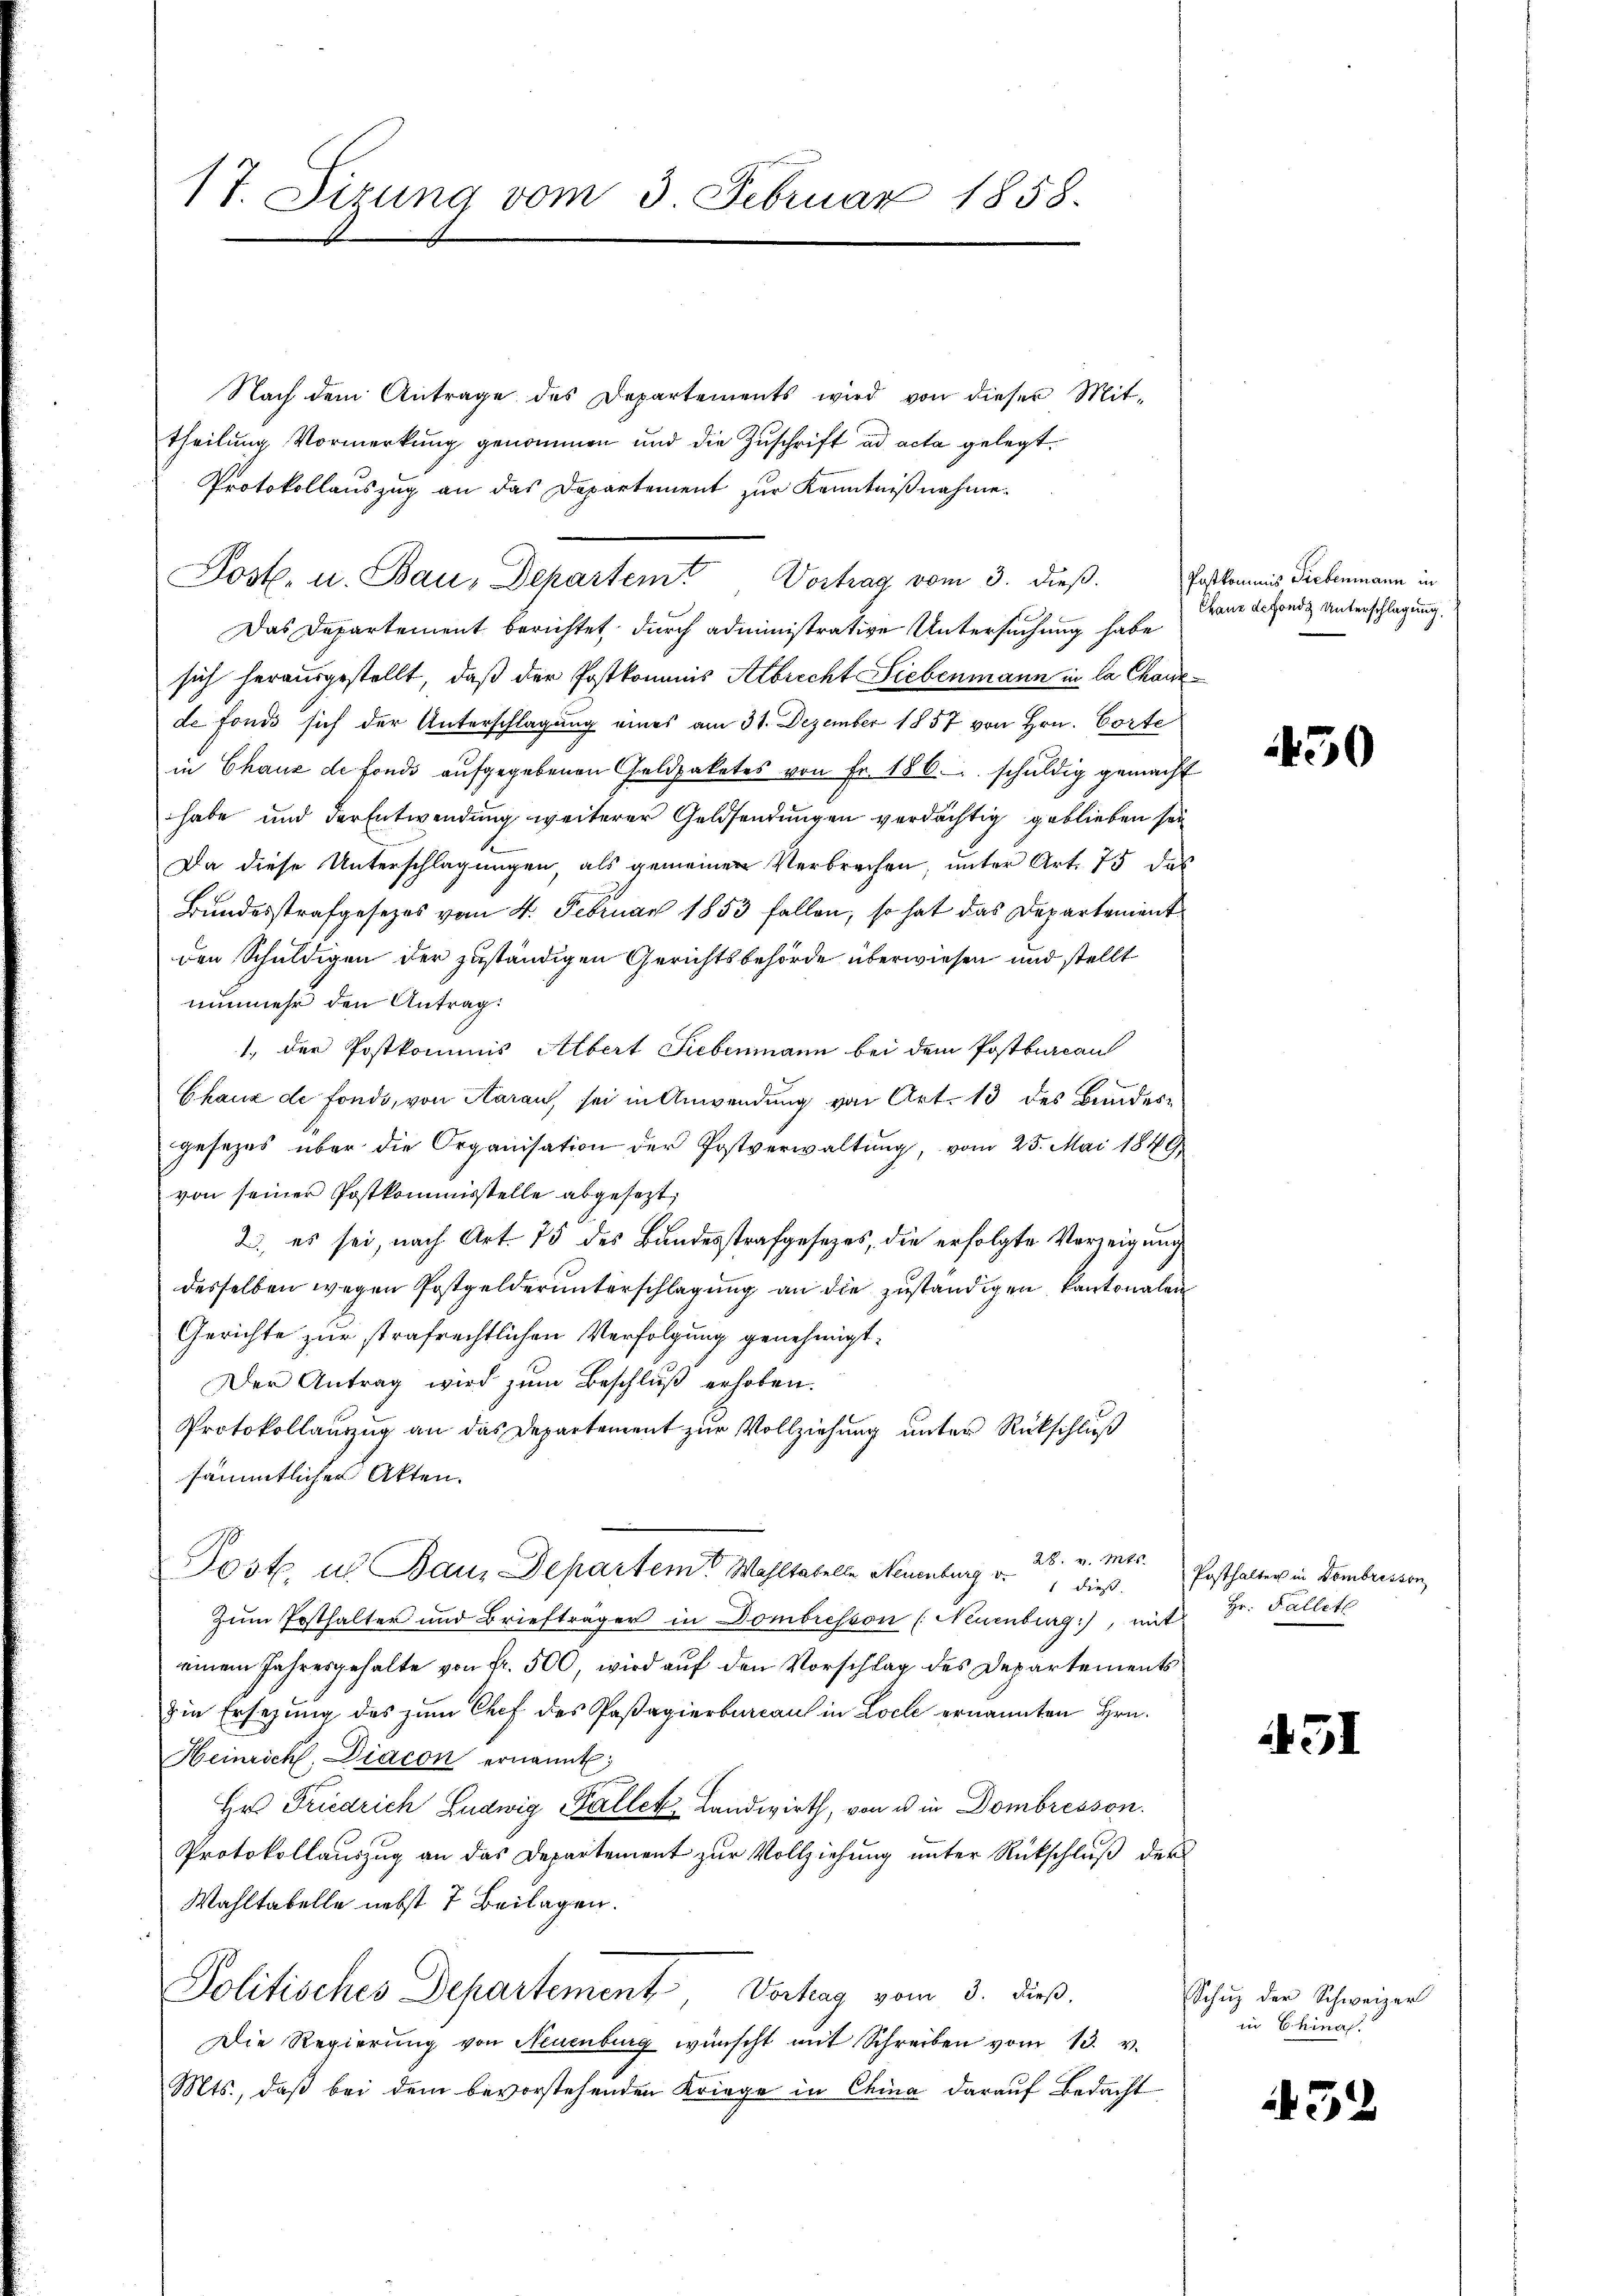
17. Sizung vom 3. Februar 1858.

Nach dem Antrage des Departements wird von dieser Mit-
theilung Vormerkung genommen und die Zuschrift ad acta gelegt.
Protokollauszug an das Departement zur Kenntnißnahme.
Das Departement berichtet durch administrative Untersuchung habe
sich herausgestellt, daß der Postkommis Albrecht Liebenmann in la Chaux-
de fonds sich der Unterschlagung eines am 31. Dezember 1857 von Hrn. Corte
in Chaux de fonds aŭfgegebenen Geldpaketes von Fr. 186. schŭldig gemacht
habe und der Entwendung weiterer Geldsendungen verdächtig geblieben sei
Da diese Unterschlagungen, als gemeinen Verbrechen, unter Art. 75 das
Bundesstrafgesezes vom 4. Februar 1853 fallen, so hat das Departement
den Schuldigen der zuständigen Gerichtsbehörde überwiesen und stellt
nunmehr den Antrag.
1, der Postkommis Albert Liebenmann bei dem Postbureau
Chaux de fonde, von Aarau, sei in Anwendung von Art. 13 des Bundesgesezes über die Organisation der Postverwaltŭng, vom 25. Mai 1849,
von seiner Postkommisstelle abgesezt,
2., es sei, nach Art. 75 des Bundesstrafgesezes, die erfolgte Vorzeigung
desselben wegen Postgelderunterschlagung an die zuständigen Kantonalen
Gerichte zur strafrechtlichen Verfolgung genehmigt.
Der Antrag wird zum Beschluß erhoben.
Protokollauszug an das Departement zur Vollziehung unter Rückschluß
sämmtlicher Akten.
28. v. Mts.
Post in Bau, Departem Wohltabelle Neuenburg v. 1 dieß. Posthalter in Dembrissen,
Zum Posthalter und Briefträger in Dombresson (Neuenburg), mit Hr. Fallet
einem Jahresgehalte von Fr. 500, wird auf den Vorschlag des Departements
din Ersezung des zum Chef des Paßagierbureau in Loche ernannten Hrn.
Heinrich, Diacon ernannt;
Hr. Friedrich Ludwig Galler Landwirth, von u in Dombresson.
Protokollauszug an das Departement zur Vollziehung unter Rückschluß der
Wahltabelle nebst 7 Beilagen.
Politisches Departement, Vortrag vom 3. dieß.
Die Regierŭng von Neuenburg wünscht mit Schreiben vom 13. v.
Mts., daß bei dem bevorstehenden Kriege in China darauf Bedacht

Post. u. Bau, Departemt Vortrag vom 3. dieβ.

Postkommnis Liebenmann in
Chanz de fonds Unterschlagung.

450

31

Schŭz der Schweizer
in Chinas.

52